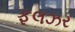
ફૂલઝર